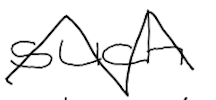
Text: such
Cross-out: zig-zag
Writing tool: digital_black